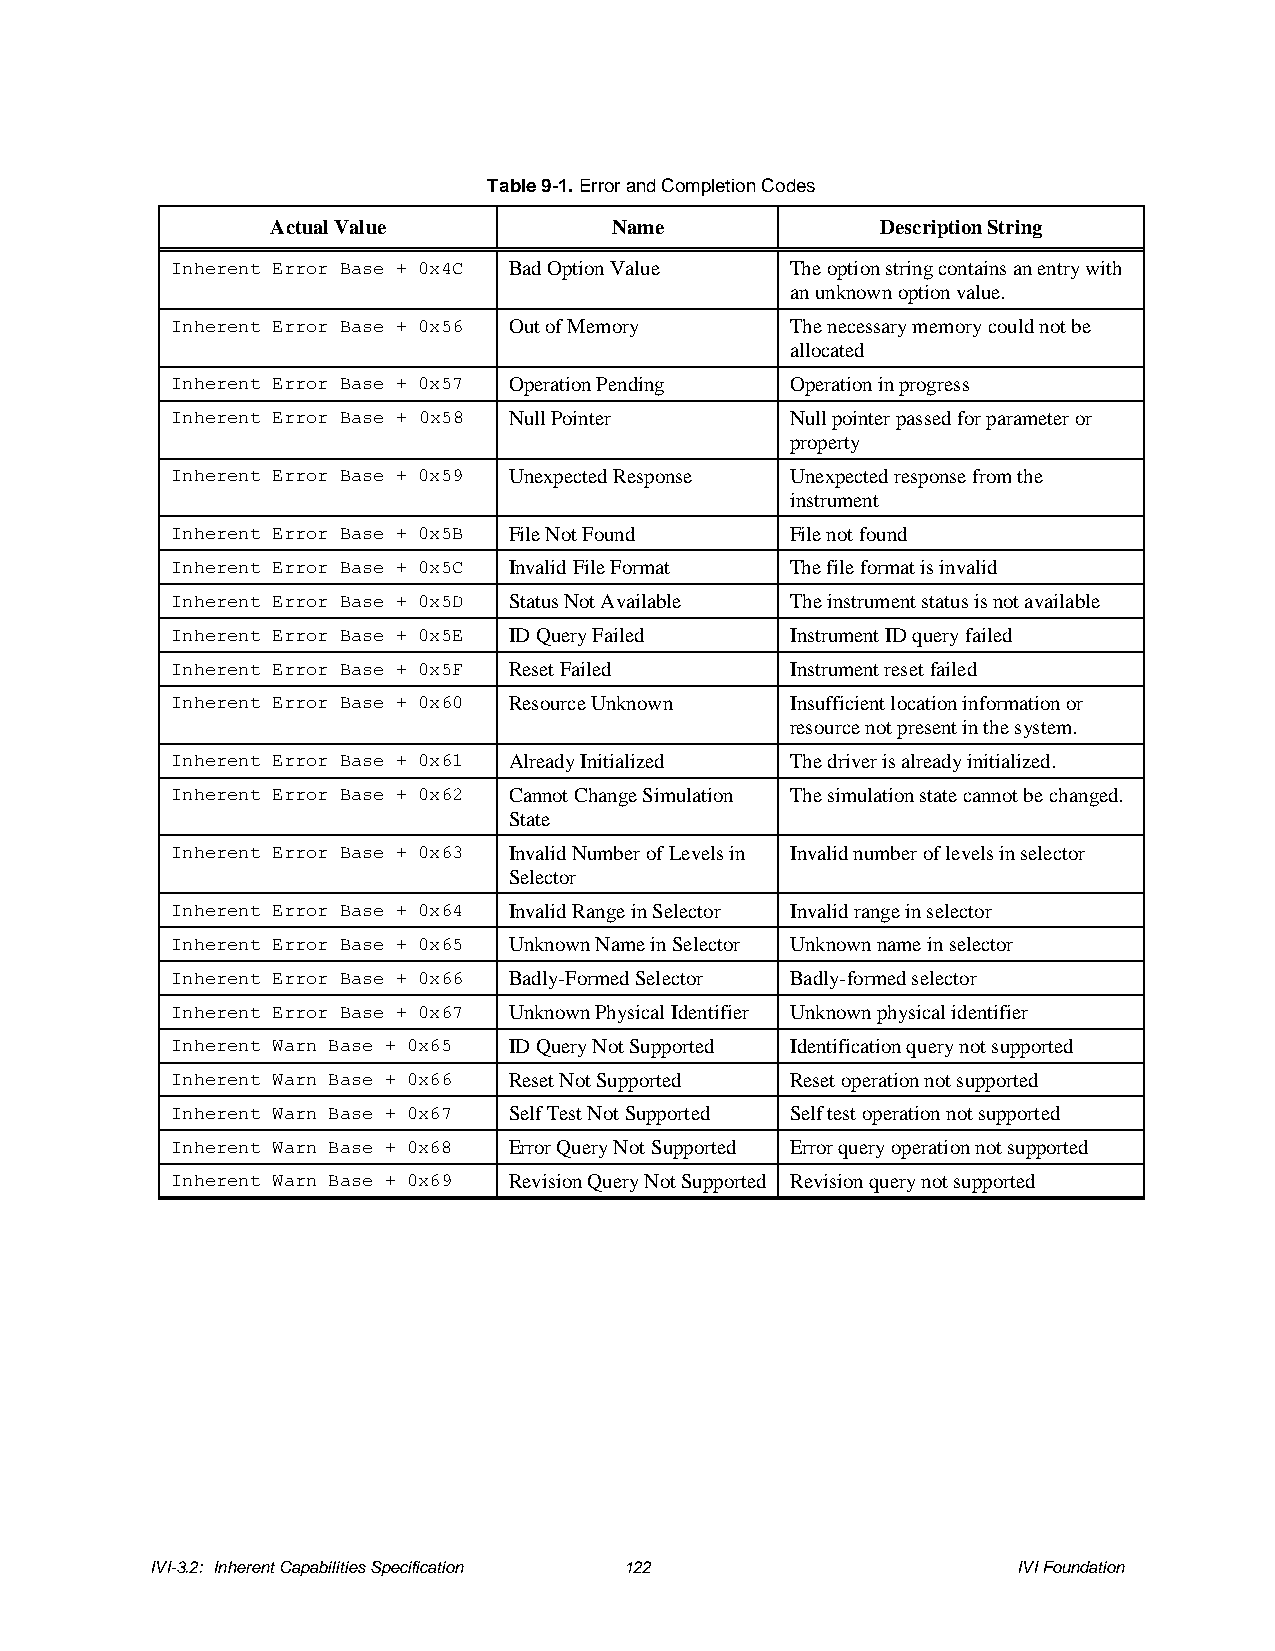
Table 9-1. Error and Completion Codes
 Actual Value           Name             Description String
 Inherent Error Base + 0x4C Bad Option Value The option string contains an entry with
 an unknown option value.
 Inherent Error Base + 0x56 Out of Memory The necessary memory could not be
 allocated
 Inherent Error Base + 0x57 Operation Pending Operation in progress
 Inherent Error Base + 0x58 Null Pointer  Null pointer passed for parameter or
 property
 Inherent Error Base + 0x59 Unexpected Response Unexpected response from the
 instrument
 Inherent Error Base + 0x5B File Not Found File not found
 Inherent Error Base + 0x5C Invalid File Format The file format is invalid
 Inherent Error Base + 0x5D Status Not Available The instrument status is not available
 Inherent Error Base + 0x5E ID Query Failed Instrument ID query failed
 Inherent Error Base + 0x5F Reset Failed  Instrument reset failed
 Inherent Error Base + 0x60 Resource Unknown Insufficient location information or
 resource not present in the system.
 Inherent Error Base + 0x61 Already Initialized The driver is already initialized.
 Inherent Error Base + 0x62 Cannot Change Simulation The simulation state cannot be changed.
 State
 Inherent Error Base + 0x63 Invalid Number of Levels in Invalid number of levels in selector
 Selector
 Inherent Error Base + 0x64 Invalid Range in Selector Invalid range in selector
 Inherent Error Base + 0x65 Unknown Name in Selector Unknown name in selector
 Inherent Error Base + 0x66 Badly-Formed Selector Badly-formed selector
 Inherent Error Base + 0x67 Unknown Physical Identifier Unknown physical identifier
 Inherent Warn Base + 0x65 ID Query Not Supported Identification query not supported
 Inherent Warn Base + 0x66 Reset Not Supported Reset operation not supported
 Inherent Warn Base + 0x67 Self Test Not Supported Self test operation not supported
 Inherent Warn Base + 0x68 Error Query Not Supported Error query operation not supported
 Inherent Warn Base + 0x69 Revision Query Not Supported Revision query not supported
 IVI-3.2: Inherent Capabilities Specification 122         IVI Foundation